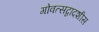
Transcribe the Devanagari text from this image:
गोवत्सद्वादशीस